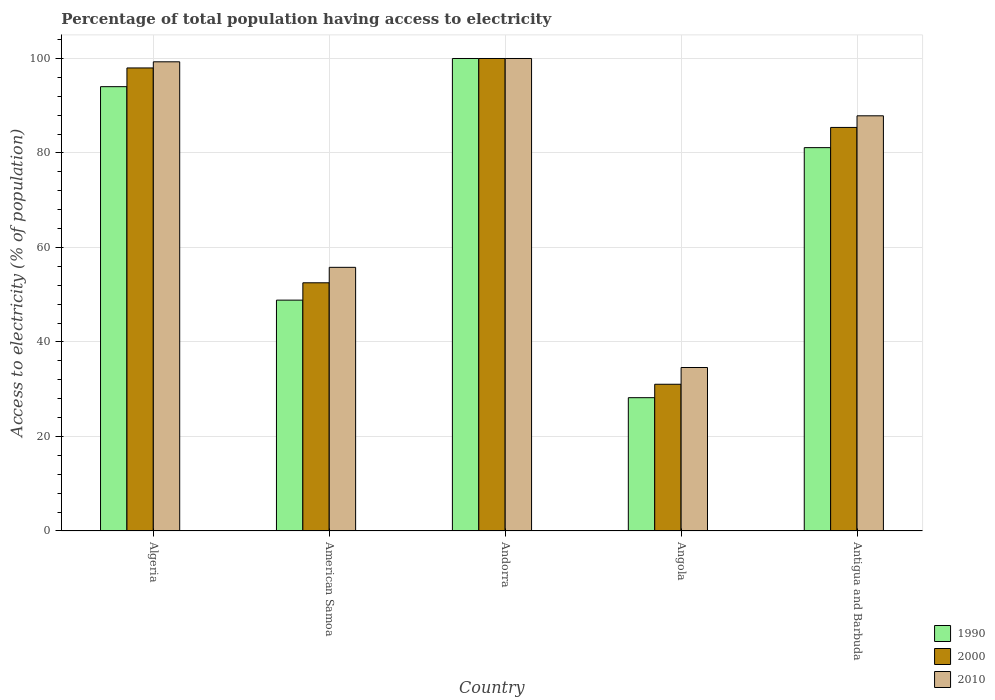
| Country | 1990 | 2000 | 2010 |
 | --- | --- | --- | --- |
 | Algeria | 94 | 98 | 99.3 |
 | American Samoa | 48.9 | 52.5 | 55.8 |
 | Andorra | 100 | 100 | 100 |
 | Angola | 28.2 | 31.1 | 34.6 |
 | Antigua and Barbuda | 81.1 | 85.4 | 87.9 |